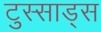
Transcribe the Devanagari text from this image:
टुस्साड्स